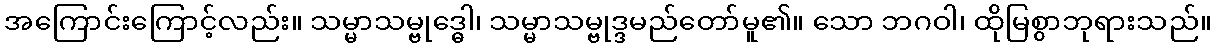
အကြောင်းကြောင့်လည်း။ သမ္မာသမ္ဗုဒ္ဓေါ၊ သမ္မာသမ္ဗုဒ္ဒမည်တော်မူ၏။ သော ဘဂဝါ၊ ထိုမြစွာဘုရားသည်။